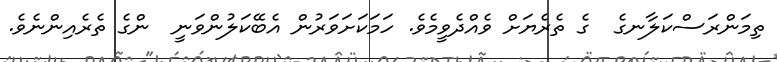
ތިމަންރަސްކަލާނގެ  ގެ ތެރެޔަށް ވެއްދެވީމެވެ. ހަމަކަށަވަރުން އެބޭކަލުންވަނީ  ންގެ ތެރެއިންނެވެ.